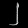
Digit: ၂